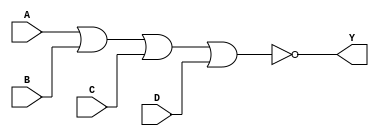
module sky130_fd_sc_lp__nor4_7 (
    Y,
    A,
    B,
    C,
    D
);
    output Y;
    input  A;
    input  B;
    input  C;
    input  D;
    wire nor0_out_Y;
    nor nor0 (nor0_out_Y, A, B, C, D     );
    buf buf0 (Y         , nor0_out_Y     );
endmodule